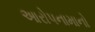
આરોપનામાનો